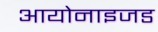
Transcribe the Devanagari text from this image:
आयोनाइजड